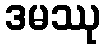
ဒမဿု